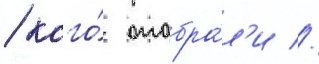
/ кого́ отобра́л'и //